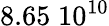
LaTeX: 8.65\; 10^{10}